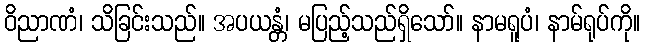
ဝိညာဏံ၊ သိခြင်းသည်။ အပယန္တံ၊ မပြည့်သည်ရှိသော်။ နာမရူပံ၊ နာမ်ရုပ်ကို။